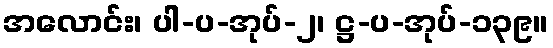
အလောင်း၊ ပါ-ပ-အုပ်-၂၊ ဋ္ဌ-ပ-အုပ်-၁၃၉။